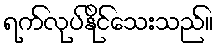
ရက်လုပ်နိုင်သေးသည်။